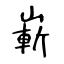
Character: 嶄